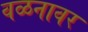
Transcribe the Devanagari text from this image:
वळनावर